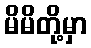
မိမိတို့မှာ